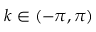
k \in ( - \pi , \pi )